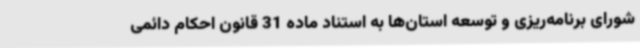
شورای برنامه‌ریزی و توسعه استان‌ها به استناد ماده 31 قانون احکام دائمی